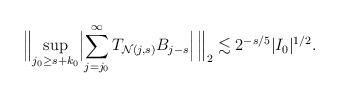
LaTeX: \begin{align*} \Bigl\lVert \sup _{j_0 \geq s+k_0} \Bigl\lvert \sum_{j = j_0} ^{\infty } T _{\mathcal N (j,s)} B _{j-s}\Bigr\rvert\, \Bigr\rVert_2 \lesssim 2 ^{-s/5} |I_0|^{1/2}. \end{align*}